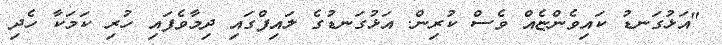
"އަޅުގަނޑު ކައިވެންޏެއް ވެސް ކުރިން. އަޅުގަނޑުގެ ލައިފްގައި ދިމާވެފައި ހުރި ކަމަކާ ހެދި